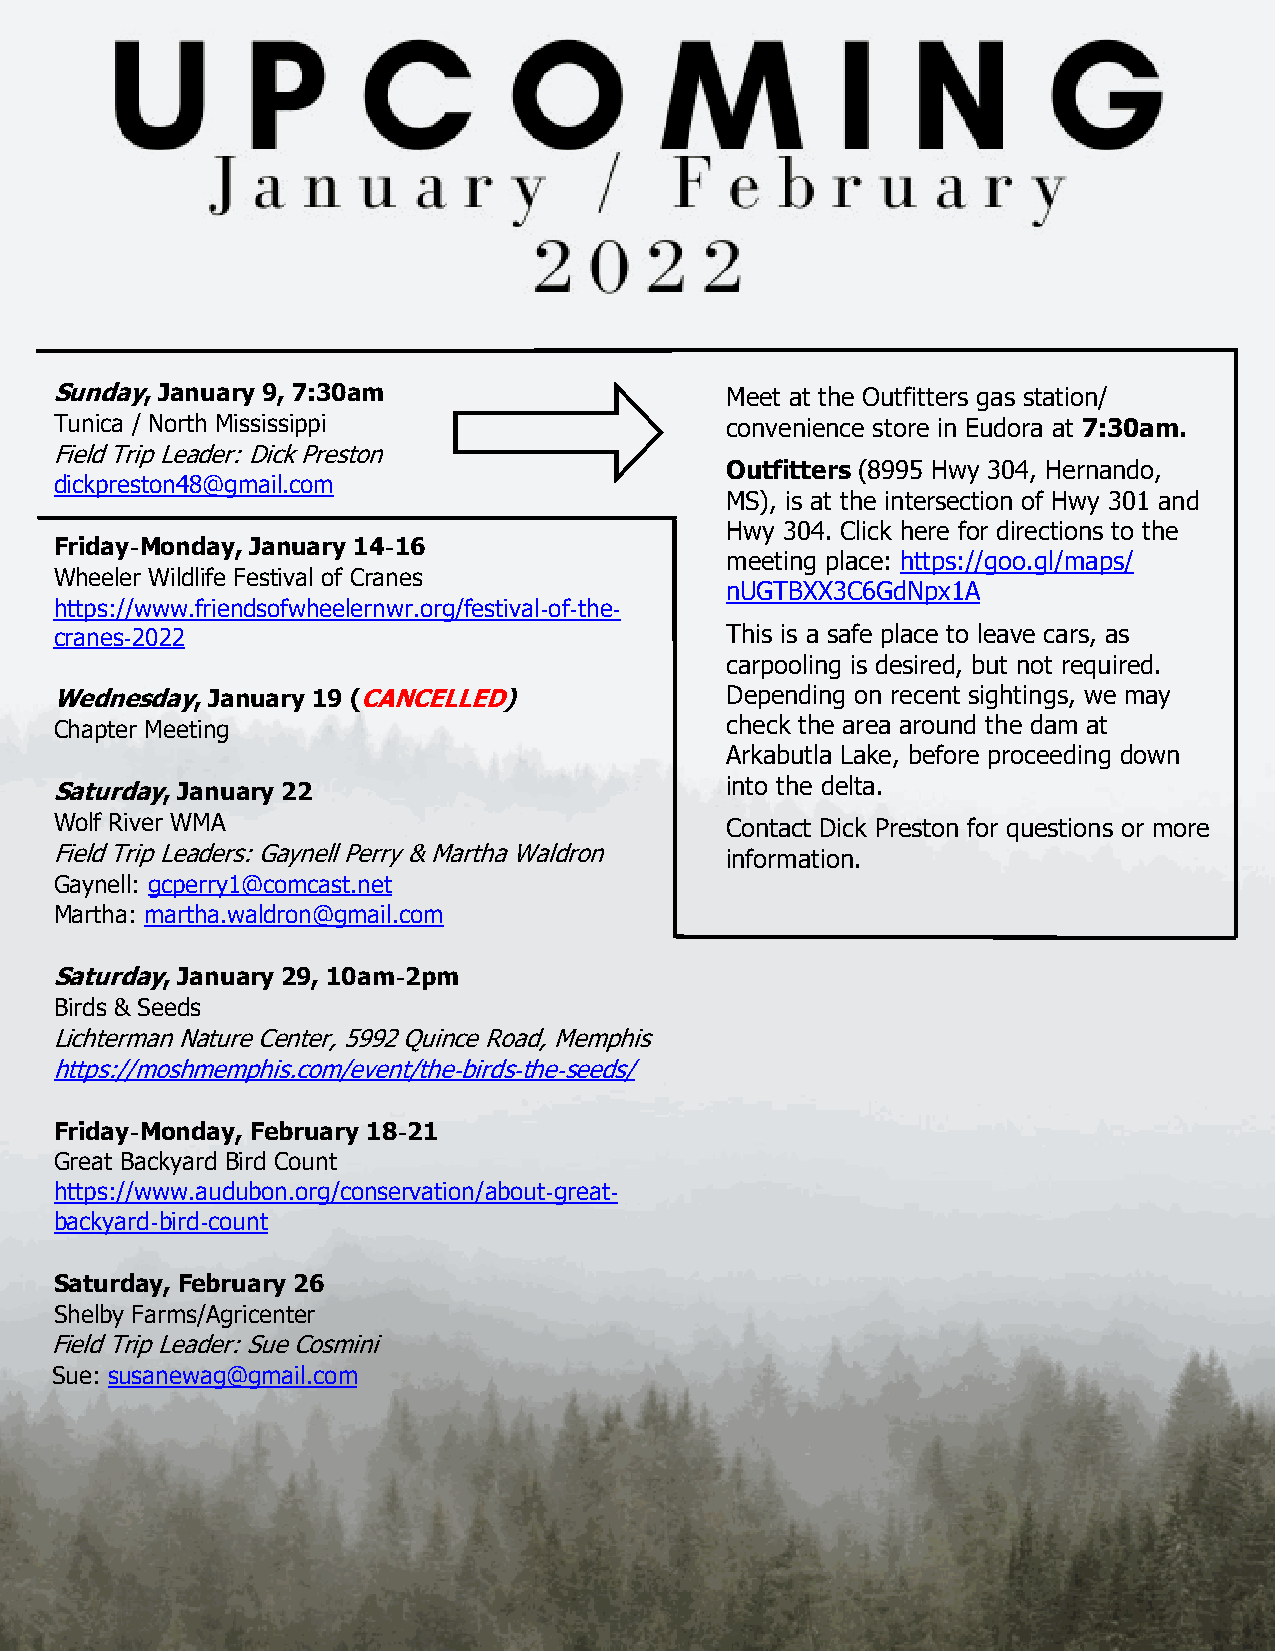
Sunday, January 9, 7:30am                    Meet at the Outfitters gas station/
 Tunica / North Mississippi                  convenience store in Eudora at 7:30am.
 Field Trip Leader: Dick Preston
 Outfitters (8995 Hwy 304, Hernando,
 dickpreston48@gmail.com
 MS), is at the intersection of Hwy 301 and
 Hwy 304. Click here for directions to the
 Friday-Monday, January 14-16
 meeting place: https://goo.gl/maps/
 Wheeler Wildlife Festival of Cranes
 nUGTBXX3C6GdNpx1A
 https://www.friendsofwheelernwr.org/festival-of-the-
 cranes-2022                                 This is a safe place to leave cars, as
 carpooling is desired, but not required.
 Wednesday, January 19 (CANCELLED)            Depending on recent sightings, we may
 Chapter Meeting                             check the area around the dam at
 Arkabutla Lake, before proceeding down
 Saturday, January 22                         into the delta.
 Wolf River WMA                              Contact Dick Preston for questions or more
 Field Trip Leaders: Gaynell Perry & Martha Waldron information.
 Gaynell: gcperry1@comcast.net
 Martha: martha.waldron@gmail.com
 Saturday, January 29, 10am-2pm
 Birds & Seeds
 Lichterman Nature Center, 5992 Quince Road, Memphis
 https://moshmemphis.com/event/the-birds-the-seeds/
 Friday-Monday, February 18-21
 Great Backyard Bird Count
 https://www.audubon.org/conservation/about-great-
 backyard-bird-count
 Saturday, February 26
 Shelby Farms/Agricenter
 Field Trip Leader: Sue Cosmini
 Sue: susanewag@gmail.com